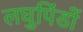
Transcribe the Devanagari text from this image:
लघुपिंडों